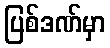
ပြစ်ဒဏ်မှာ